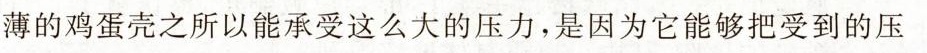
薄的鸡蛋壳之所以能承受这么大的压力，是因为它能够把受到的压